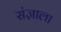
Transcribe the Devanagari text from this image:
संज्ञाला